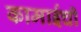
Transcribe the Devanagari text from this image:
कामाईची